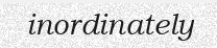
inordinately